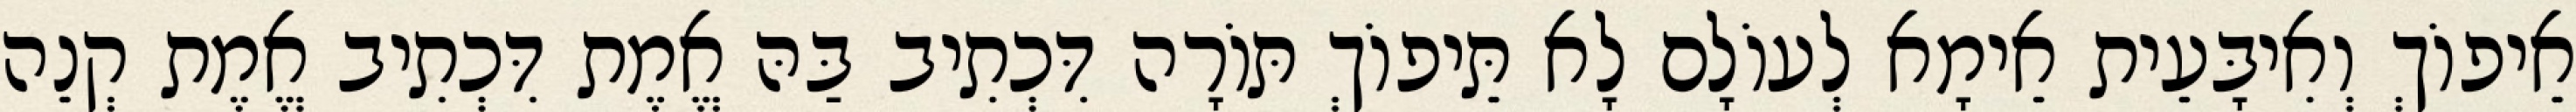
אֵיפוֹךְ וְאִיבָּעֵית אֵימָא לְעוֹלָם לָא תֵּיפוֹךְ תּוֹרָה דִּכְתִיב בַּהּ אֱמֶת דִּכְתִיב אֱמֶת קְנֵה